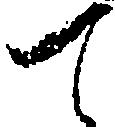
て